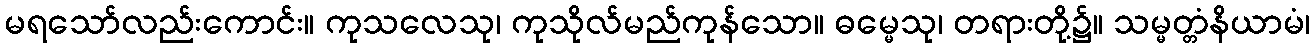
မရသော်လည်းကောင်း။ ကုသလေသု၊ ကုသိုလ်မည်ကုန်သော။ ဓမ္မေသု၊ တရားတို့၌။ သမ္မတ္တံနိယာမံ၊